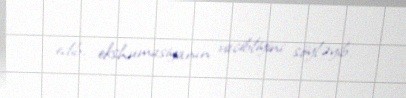
edib, ekshumasiyanın vacibliyini söyləyib.